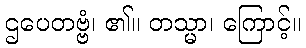
ဌပေတဗ္ဗံ၊ ၏။ တသ္မာ၊ ကြောင့်။